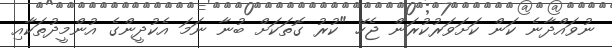
ނުވައްދާނެ ކަން ކަށަވަރުކުރަން ޖެހޭ "ކުރު ގޮތަކަށް ބުނާ ނަމަ އެކުދީންގެ އުންމީދުތަކާއި